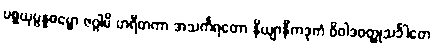
ပစ္စယုပ္ပန္နဓမ္မော ဇဂ္ဂါမိ ဟရီတကာ အသင်္ကရတော နိယျာနိကဒုကံ ဝိဝါဒဝတ္ထုသင်္ခါတေ